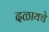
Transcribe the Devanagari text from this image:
दळायचे